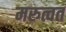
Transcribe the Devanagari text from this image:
मरुत्वत